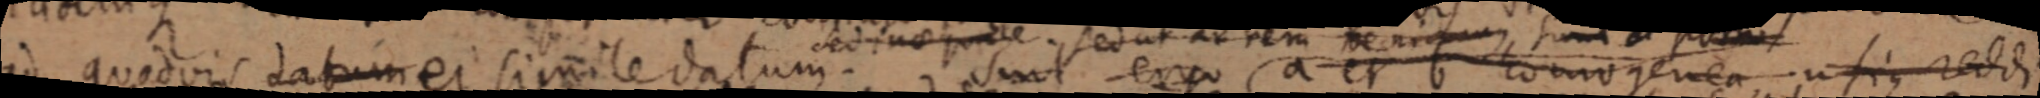
ad quodvis datum et simile datum. sint ergo a et b homogenea usique reddi